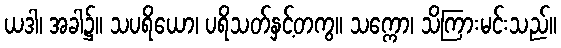
ယဒါ၊ အခါ၌။ သပရိယော၊ ပရိသတ်နှင့်တကွ။ သက္ကော၊ သိကြားမင်းသည်။